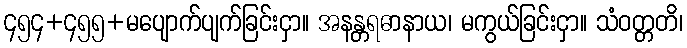
၄၅၄+၄၅၅+မပျောက်ပျက်ခြင်းငှာ။ အနန္တရဓာနာယ၊ မကွယ်ခြင်းငှာ။ သံဝတ္တတိ၊